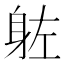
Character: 𮜰